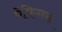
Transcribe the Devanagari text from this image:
पेंफिगस